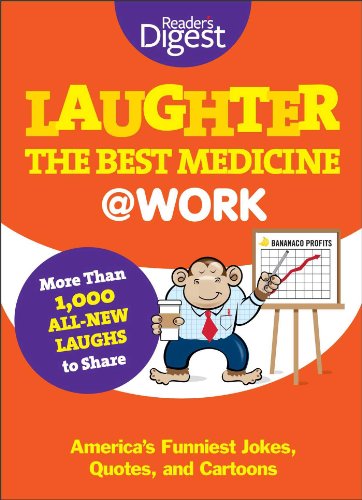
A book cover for Laughter Is the Best Medicine: @Work: America's Funniest Jokes, Quotes, and Cartoons; Editors of Reader's Digest; Humor & Entertainment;